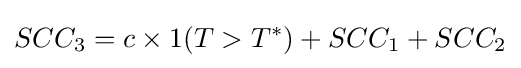
SCC_{3}=c\times 1(T>T^{*})+SCC_{1}+SCC_{2}